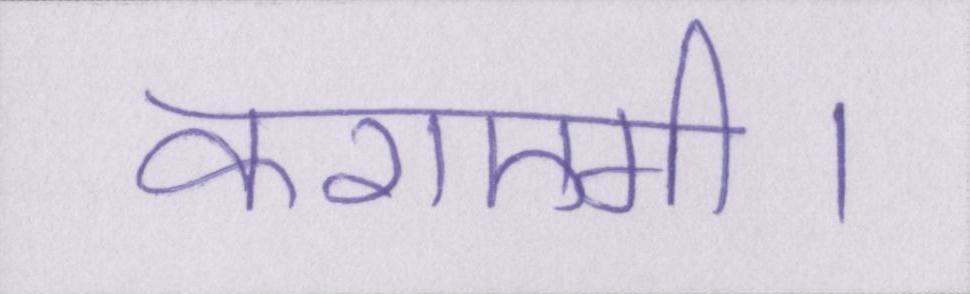
कराएगी।